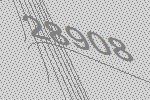
28908